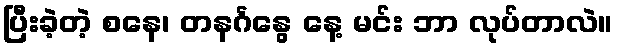
ပြီးခဲ့တဲ့ စနေ၊ တနင်္ဂနွေ နေ့ မင်း ဘာ လုပ်တာလဲ။